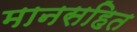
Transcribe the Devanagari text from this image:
मानसहित